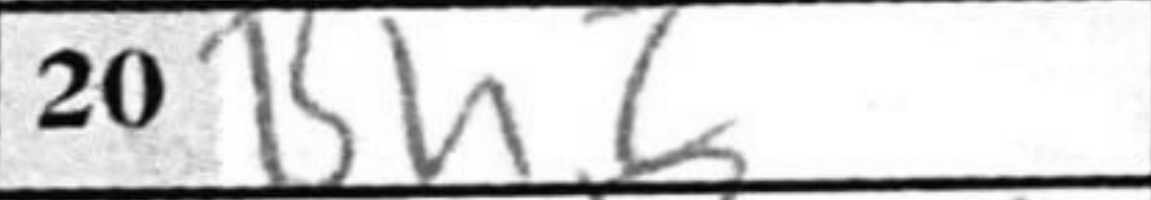
Transcription: Bhc